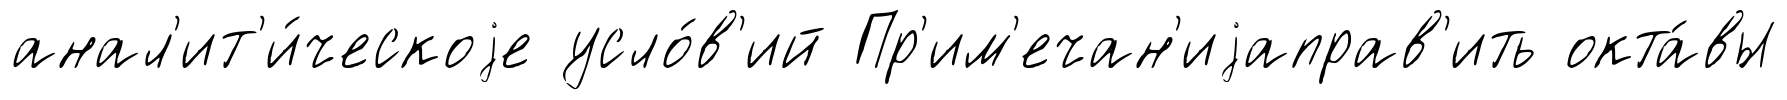
анал'ит'и́ческоjе усло́в'ий Пр'им'ечан'иjаправ'ить окта́вы